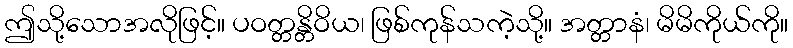
ဤသို့သောအလိုဖြင့်။ ပဝတ္တန္တိဝိယ၊ ဖြစ်ကုန်သကဲ့သို့။ အတ္တာနံ၊ မိမိကိုယ်ကို။